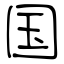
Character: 国